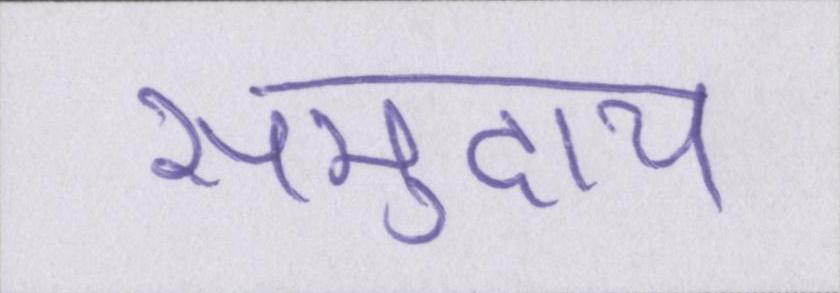
समुदाय